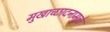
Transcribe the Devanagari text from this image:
मुखाच्छादनामुळे